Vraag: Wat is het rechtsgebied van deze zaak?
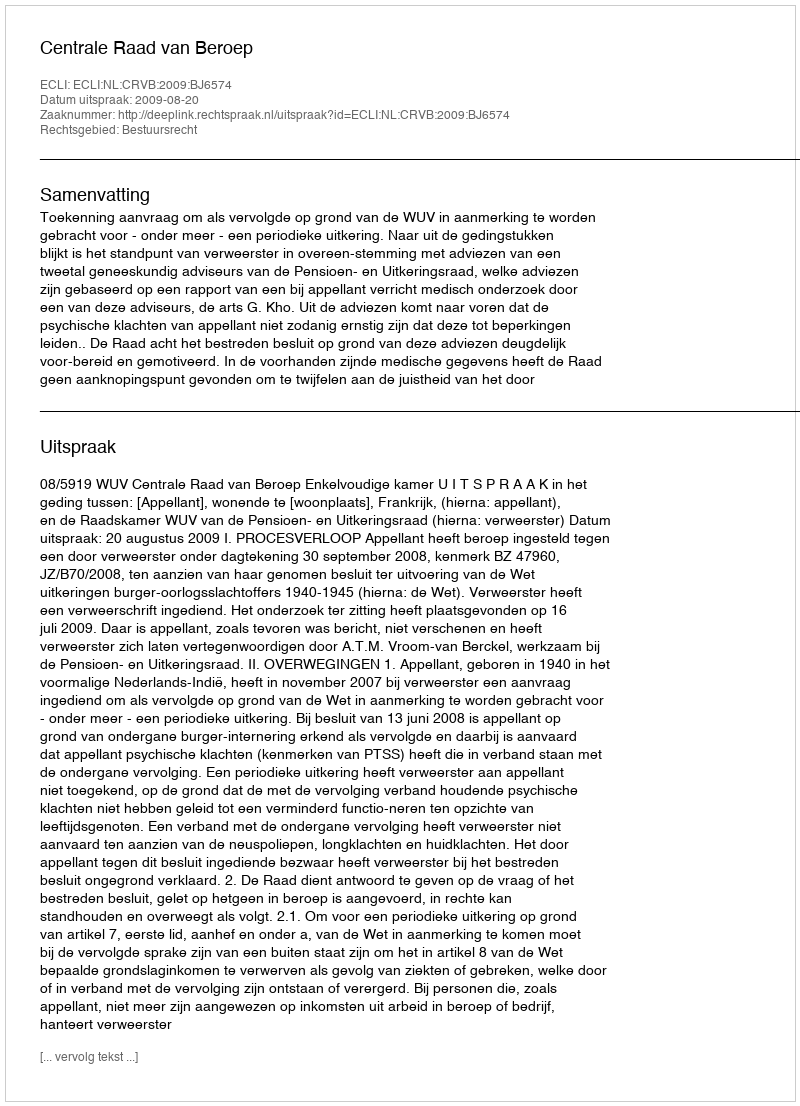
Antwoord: Bestuursrecht